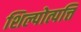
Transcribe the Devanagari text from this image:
शिल्पोत्पत्तिं